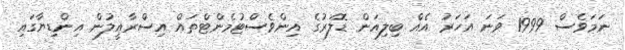
ނަމަވެސް 1999 ވަނަ އަހަރު އެއް ބިލިއަން ޑޮލަރުގެ އިންވެސްޓުމެންޓްތައް އިސްރާއީލުން އިންޑިޔާގައި